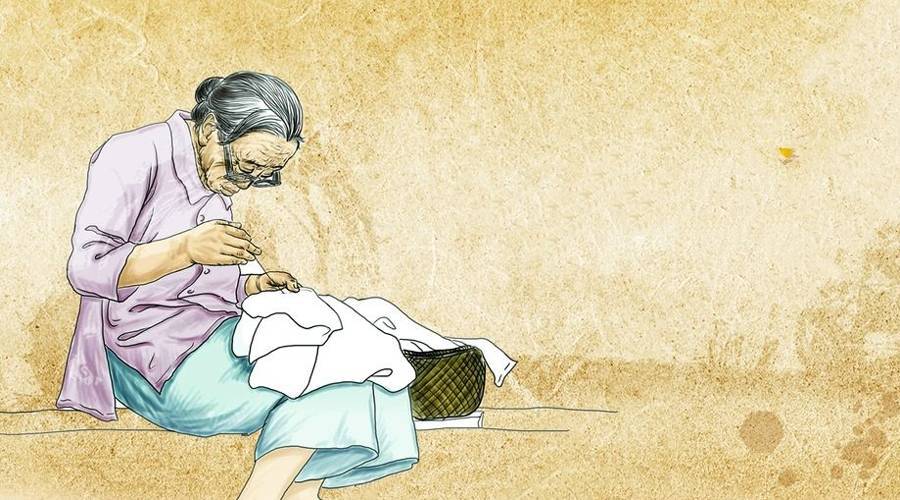
父兮生我，母兮鞠我。